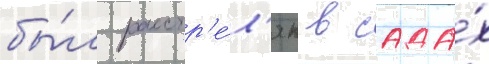
бы́л расстр'е́л'ян в сада́х